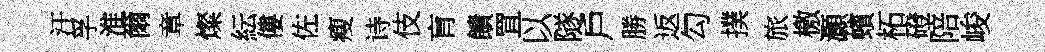
汗孚淮爾章燦紜僂佐瘦诗伎肓饋罝以隧戶勝返勾撲旅檄灝蠙柘磴陪峻